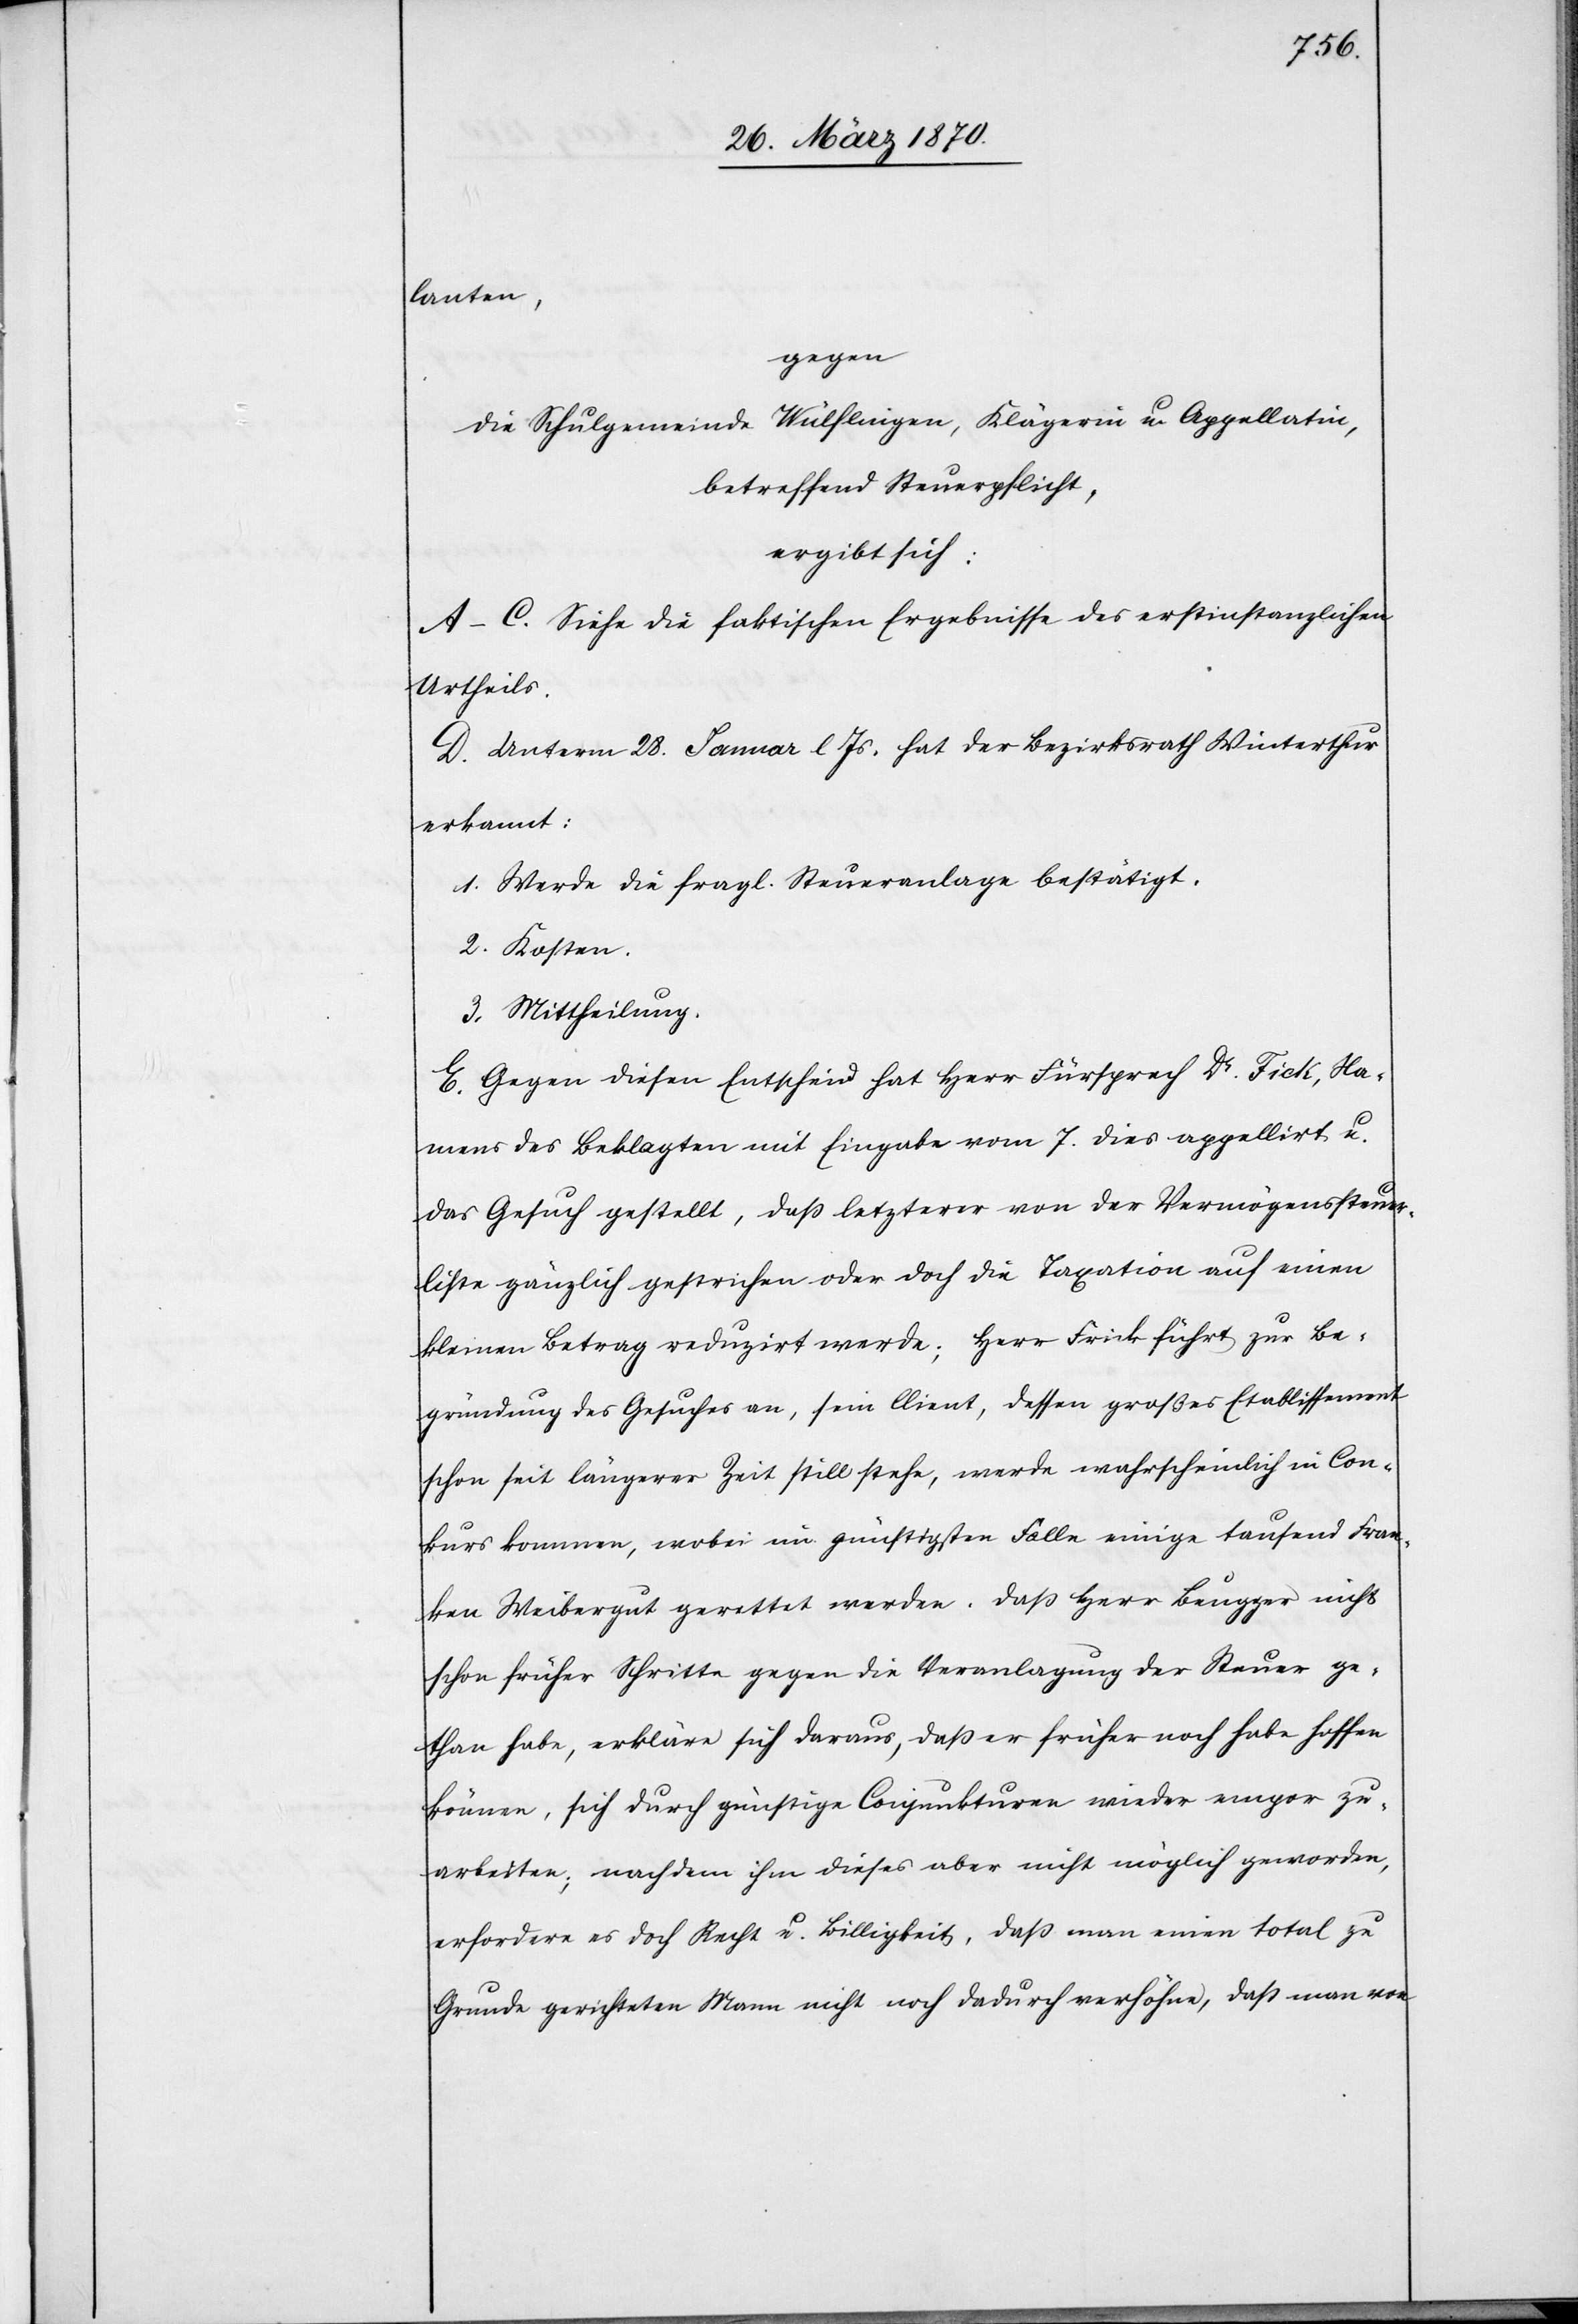
Na¬

lanten,
gegen
die Schulgemeinde Wülflingen, Klägerin u. Appellatin,
betreffend Steuerpflicht,
ergibt sich:
A–C. Siehe die faktischen Ergebnisse des erstinstanzlichen
Urtheils.
D. Unterm 28. Januar l Js. hat der Bezirksrath Winterthur
erkannt:
1. Werde die fragl. Steueranlage bestätigt.
2. Kosten.
3. Mittheilung.
E. Gegen diesen Entscheid hat Herr Fürsprech Dr. Fick [re¬
mens des Beklagten mit Eingabe vom 7. dies appellirt u.
das Gesuch gestellt, daß letzterer von der Vermögenssteuer¬
liste gänzlich gestrichen werde oder doch die Taxation auf einen
kleinen Betrag reduzirt werde; Herr Frick führt zur Be¬
gründung des Gesuches an, sein Client, dessen großes Etablissement
schon seit längerer Zeit still stehe, werde wahrscheinlich in Con¬
kurs kommen, wobei im günstigsten Falle einige tausend Fran¬
ken Weibergut gerettet werden. Daß Herr Beugger nicht
schon früher Schritte gegen die Veranlagung der Steuer ge¬
than habe, erkläre sich daraus, daß er früher noch habe hoffen
können, sich durch günstige Conjunkturen wieder empor zu
arbeiten; nachdem ihm dieses aber nicht möglich geworden,
erfordere es doch Recht u. Billigkeit, daß man einen total zu
Grunde gerichteten Mann nicht noch dadurch verhöhne, daß man von